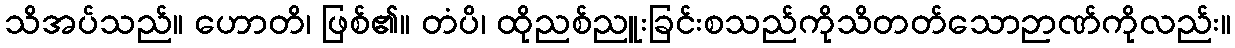
သိအပ်သည်။ ဟောတိ၊ ဖြစ်၏။ တံပိ၊ ထိုညစ်ညူးခြင်းစသည်ကိုသိတတ်သောဉာဏ်ကိုလည်း။